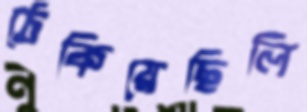
ঠেকিয়েছিলি